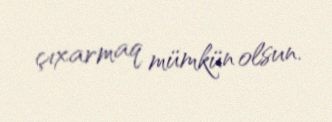
çıxarmaq mümkün olsun.